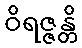
ဝိရဇ္ဇန္တိ